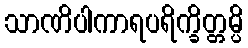
သာဏိပါကာရပရိက္ခိတ္တမ္ပိ